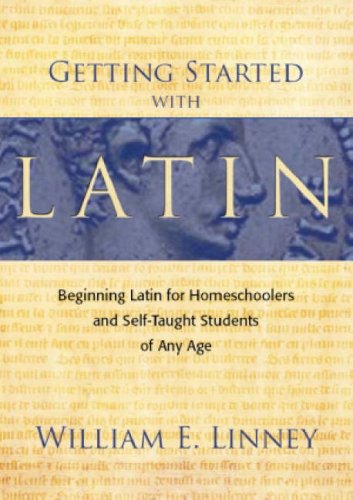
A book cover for Getting Started with Latin: Beginning Latin for Homeschoolers and Self-Taught Students of Any Age; William E. Linney; Education & Teaching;